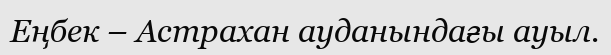
Еңбек – Астрахан ауданындағы ауыл.